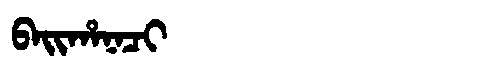
Manchu: ᠪᠠᡳᡥᠠᠨᠠᠴᡳ
Romanization: BAIHANACI